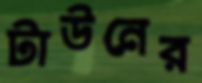
টাউনের